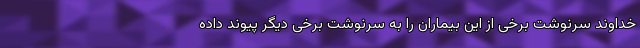
خداوند سرنوشت برخی از این بیماران را به سرنوشت برخی دیگر پیوند داده